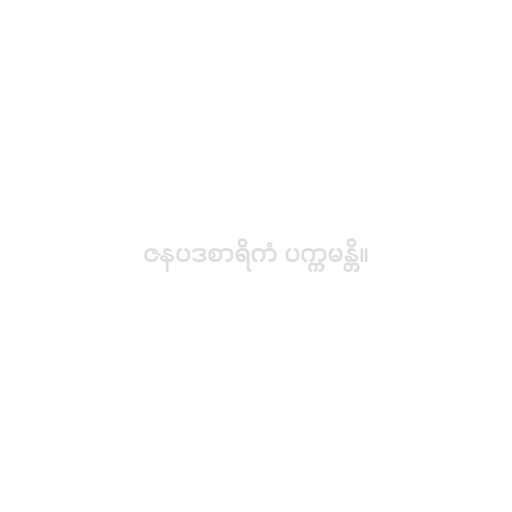
ဇနပဒစာရိကံ ပက္ကမန္တိ။